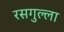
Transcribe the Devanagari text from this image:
रसगुल्‍ला